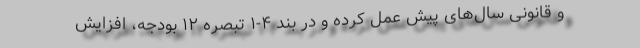
و قانونیِ سال‌های پیش عمل کرده و در بند ۴-۱ تبصره ۱۲ بودجه، افزایش